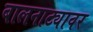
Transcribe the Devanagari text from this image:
बालनाट्यावर